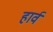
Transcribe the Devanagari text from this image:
हार्व